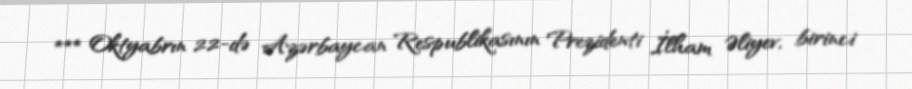
*** Oktyabrın 22-də Azərbaycan Respublikasının Prezidenti İlham Əliyev, birinci